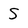
Character: S